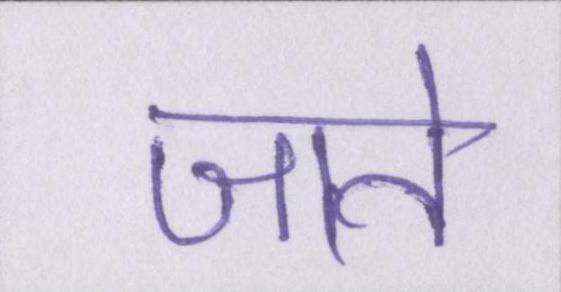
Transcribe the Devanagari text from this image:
जाते